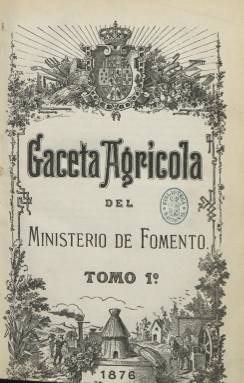
Título: Gaceta agrícola del Ministerio de Fomento
Colección: Agricultura y ganadería
Ámbito geográfico: Madrid
Lugar de publicación: Madrid
Fechas: 01/08/1876-31/12/1894

Periódico oficial creado por ley del uno de agosto de 1876, cuya adquisición será obligatoria para todos los ayuntamientos, diputaciones y juntas de Agricultura del Reino, y destinado a popularizar los conocimientos agrícolas y publicar los actos y decretos del propio ministerio. Su director será un consejero de Agricultura y redactor jefe un ingeniero agrónomo nombrado por el gobierno, siendo obligación de los ingenieros de este ramo que sean funcionarios del Estado colaborar en el mismo. La misma norma señala que las estaciones agronómicas publicarán en esta gaceta el resultado de sus observaciones y de los trabajos que en la misma se practiquen.

Su aparición es quincenal y la primera entrega debió corresponder al primer día de octubre de ese año. En el prólogo de la misma, firmado por Alejandro Oliván, se expresa que sus objetivos son promover el progreso de la agricultura española, generalizar las nociones del mejor cultivo, dar a conocer las diversas prácticas de los países análogos al nuestro, y señalar el conjunto de medios propios para la mejora de la labor del campo.

Cada una de sus entregas supera el centenar de páginas, con foliación continuada cada trimestre, formando cada uno de estos un tomo, que suman más de setecientas páginas, compuestas a una columna. Inserta ilustraciones, generalmente figuras, croquis y dibujos de herramientas, arados, piezas y accesorios, arbolado, ganado, labores o instalaciones, de entre otros asuntos, y a veces cromolitografías fuera de texto. Al final de cada tomo confecciona un índice alfabético de materias y otro de grabados.

En la cubierta del segundo tomo, que corresponde al primer trimestre de 1877, aparece indicado como su director Miguel López Martínez (1825-1904), miembro del Consejo Superior de Agricultura, Industria y Comercio, y después, además, senador, y como redactor jefe, el ingeniero agrónomo Eduardo Abela y Sainz de Andino (1835-1908). Entre las firmas de sus textos aparecen las de los citados López Martínez y Eduardo Abela, así como las de Rafael Tuñón de Lara, Diego Navarro Soler, Pedro Julián Muñoz y Rubio. Como administrador aparece Francisco López Vizcaíno. Más de medio centenar de autores se dan cita con sus trabajos en las páginas de esta revista. A partir del tomo octavo (último trimestre de 1878), publica también un índice de autores, entre los que aparecen Francisco Balaguer, Manuel Prieto y Prieto, Meliton Atienza y Sirvent, Ignacio Cano y Cervantes, Gregorio García González, José de Hidalgo Tablada, M. Ossorio y Bernard o Aurelio Vázquez Figueroa.

Con el objetivo de fomentar el desarrollo agrícola y ganadero y la educación rural, sus contenidos son de carácter teórico-prácticos. Tiene sección Doctrinal, crónicas nacionales y extranjeras, de enseñanza agrícola, revista del extranjero, de bibliografía o de variedades. Da cabida a la normativa gubernamental que se va estableciendo para el campo, ofrece experiencias extranjeras, e inserta cuadros estadísticos de la producción agrícola.

Según sus índices, trata sobre abonos, aceites, apicultura, aranceles, arboricultura, horticultura, aguas, canales y pantanos, animales y ganados, carnes, cereales, maquinaria, mataderos, montes, conferencias agrícolas, congresos de ganaderos, discursos, exposiciones, memorias o asociaciones obreras, entre otros muchos.

Tuvo varias épocas y la última entrega de este título en la Biblioteca Nacional de España (BNE) corresponde al tomo XL, de uno de octubre de 1894, cuando la revista era mensual. También, a partir del siete de noviembre de 1876, aparece como suplemento Semanario oficial y mercantil de la Gaceta agrícola del Ministerio de Fomento, y es editado, asimismo, Almanaque de la Gaceta agrícola del Ministerio de Fomento, títulos estos que también forman parte de la colección de la BNE.